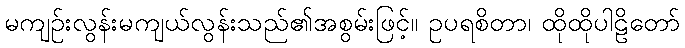
မကျဉ်းလွန်းမကျယ်လွန်းသည်၏အစွမ်းဖြင့်။ ဥပရစိတာ၊ ထိုထိုပါဠိတော်